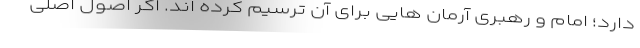
دارد؛ امام و رهبری آرمان هایی برای آن ترسیم کرده اند. اگر اصول اصلی